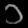
Digit: ၁